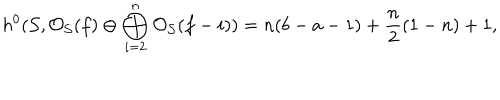
LaTeX: h ^ { 0 } ( { \cal S } , { \cal O } _ { \cal S } ( f ) \oplus \bigoplus _ { i = 2 } ^ { n } { \cal O } _ { \cal S } ( f - i ) ) = n ( b - a - 1 ) + \frac { n } { 2 } ( 1 - n ) + 1 ,